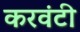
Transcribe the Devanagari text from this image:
करवंटी